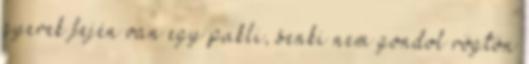
gyerek fején van egy pukli, senki nem gondol rögtön